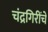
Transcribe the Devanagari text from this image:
चंद्रगिरींचे